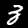
Digit: 3